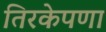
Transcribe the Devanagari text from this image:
तिरकेपणा